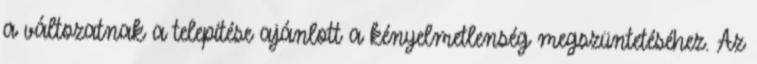
a változatnak a telepítése ajánlott a kényelmetlenség megszüntetéséhez. Az